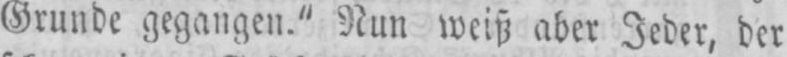
Grunde gegangen.“ Nun weiß aber Jeder, der